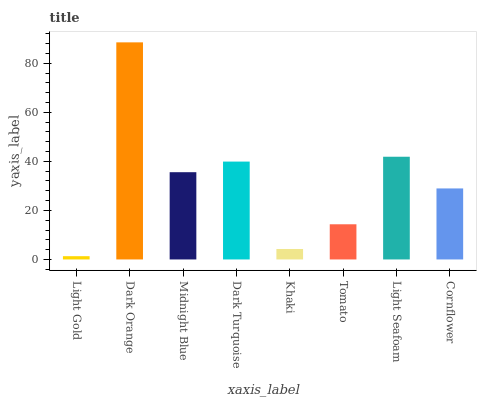
| xaxis_label | bars |
 | --- | --- |
 | Light Gold | 1.34 |
 | Dark Orange | 88.5 |
 | Midnight Blue | 35.6 |
 | Dark Turquoise | 39.9 |
 | Khaki | 4.27 |
 | Tomato | 14.3 |
 | Light Seafoam | 41.9 |
 | Cornflower | 29 |